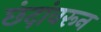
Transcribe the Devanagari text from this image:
छंदांवरून